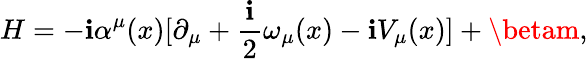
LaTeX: H=-\mathbf{i}\alpha^{\mu}(x)[\partial_{\mu}+\frac{{\mathbf{i}}}{{2}}\omega_{\mu}(x)-\mathbf{i}V_{\mu}(x)]+\betam,